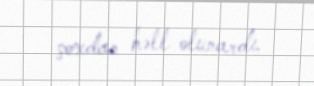
çoxdan həll olunardı.